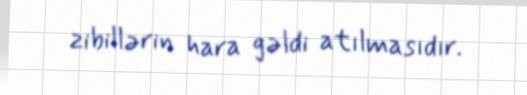
zibillərin hara gəldi atılmasıdır.